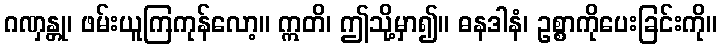
ဂဏှန္တု၊ ဖမ်းယူကြကုန်လော့။ ဣတိ၊ ဤသို့မှာ၍။ ဓနဒါနံ၊ ဥစ္စာကိုပေးခြင်းကို။